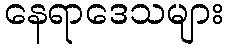
နေရာဒေသများ